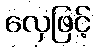
လှေဖြင့်